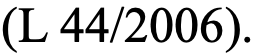
(L 44/2006).